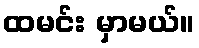
ထမင်း မှာမယ်။